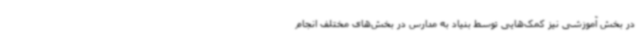
در بخش آموزشی نیز کمک‌هایی توسط بنیاد به مدارس در بخش‌های مختلف انجام